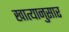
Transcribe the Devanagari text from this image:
खात्यानुसार